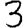
Digit: 3